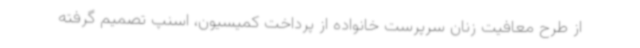
از طرح معافیت زنان سرپرست خانواده از پرداخت کمیسیون، اسنپ تصمیم گرفته